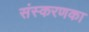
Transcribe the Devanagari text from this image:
संस्‍करणका